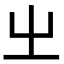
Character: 㞢